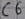
Text: C6